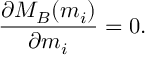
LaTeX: \frac { \partial M _ { B } ( m _ { i } ) } { \partial m _ { i } } = 0 .